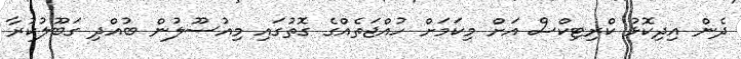
ދެން އިދިކޮޅު ކްރިޓިކްސް އަށް މިކަމަށް ހުއްޖަތެއްގެ ގޮތުގައި މިއުސޫލުން ބުއްދި ގަބޫލުކުރާ